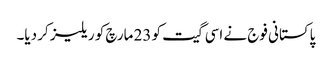
پاکستانی فوج نے اسی گیت کو 23 مارچ کو ریلیز کر دیا۔